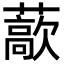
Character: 藃